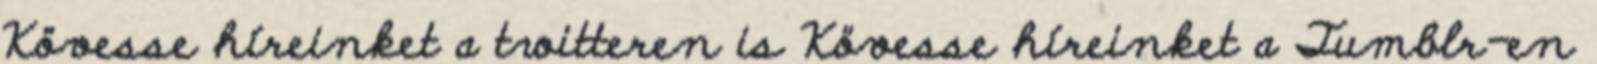
Kövesse híreinket a twitteren is Kövesse híreinket a Tumblr-en